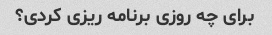
برای چه روزی برنامه ریزی کردی؟